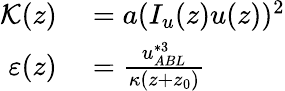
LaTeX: \begin{array}{rl}{\mathcal{K}(z)}&{{}=a(I_{u}(z)u(z))^{2}}\\ {\varepsilon(z)}&{{}=\frac{u_{ABL}^{*3}}{\kappa(z+z_{0})}}\end{array}